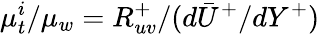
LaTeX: \mu_{t}^{i}/\mu_{w}=R_{uv}^{+}/(d\bar{U}^{+}/dY^{+})